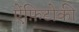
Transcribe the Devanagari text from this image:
ऐंफ़िटोकी